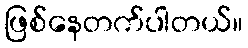
ဖြစ်နေတက်ပါတယ်။